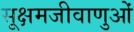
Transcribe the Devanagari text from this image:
सूक्षमजीवाणुओं